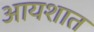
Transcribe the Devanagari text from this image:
आयशात